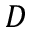
D